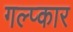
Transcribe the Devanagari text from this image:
गल्प्कार